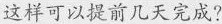
这样可以提前几天完成?